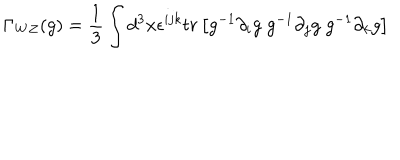
\Gamma _ { W Z } ( g ) = { \frac { 1 } { 3 } } \int d ^ { 3 } x \epsilon ^ { i j k } t r \left[ g ^ { - 1 } \partial _ { i } g \; g ^ { - 1 } \partial _ { j } g \; g ^ { - 1 } \partial _ { k } g \right]